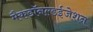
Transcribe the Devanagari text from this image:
मैकडॉनल्डईजेशन